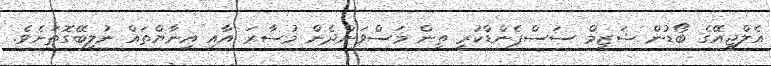
އެލްޖީއޭގެ ބޯޑުން ޝަޒީމް ސަސްޕެންޑްކުރީ ތިން މަސްވަންދެން މުސާރަ އާއި އިނާޔްތައް ނުލިބޭގޮތަށެވެ.